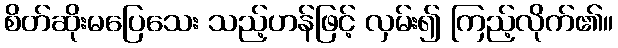
စိတ်ဆိုးမပြေသေး သည့်ဟန်ဖြင့် လှမ်း၍ ကြည့်လိုက်၏။